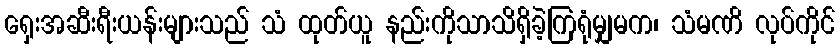
ရှေးအဆီးရီးယန်းများသည် သံ ထုတ်ယူ နည်းကိုသာသိရှိခဲ့ကြရုံမျှမက၊ သံမဏိ လုပ်ကိုင်